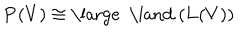
LaTeX: { \bf P } ( V ) \cong { \mathrm { \large ~ \land ~ } } ( { \bf L } ( V ) )